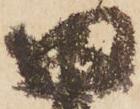
田